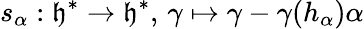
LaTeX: s_{\alpha}:{\mathfrak{h}}^{*}\to{\mathfrak{h}}^{*},\, \gamma\mapsto\gamma-\gamma(h_{\alpha})\alpha